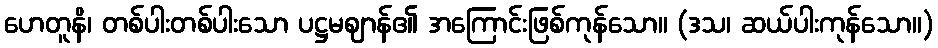
ဟေတူနိ၊ တစ်ပါးတစ်ပါးသော ပဋ္ဌမဈာန်၏ အကြောင်းဖြစ်ကုန်သော။ (ဒသ၊ ဆယ်ပါးကုန်သော။)